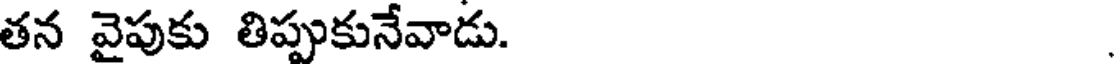
తన వైపుకు తిప్పుకునేవాడు.